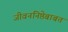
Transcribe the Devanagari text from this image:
जीवननिष्ठेबाबत